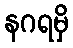
နဂရမှိ